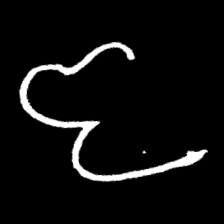
Pyu character \u2014 Myanmar letter: ဇ (romanized: ja)